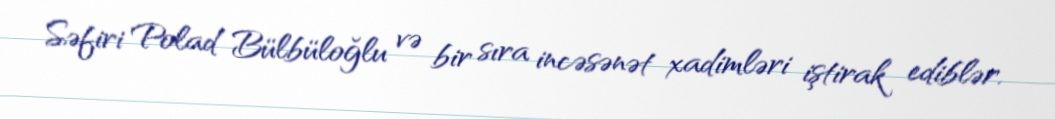
Səfiri Polad Bülbüloğlu və bir sıra incəsənət xadimləri iştirak ediblər.